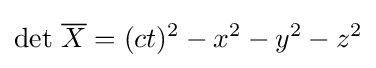
\det \,{\overline {X}}=(ct)^{2}-x^{2}-y^{2}-z^{2}